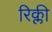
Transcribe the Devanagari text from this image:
रिक्ली